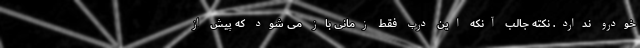
خودرو ندارد. نکته جالب آنکه این درب فقط زمانی باز می شود که پیش از